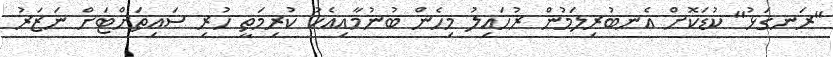
"ރަނގަޅު" ކުޑަކޮށް އެނބުރިލަމުން ރުހައިލު މިހެން ބުނުމާއިއެކު ކުރިމަތީ ހުރި ސައިތަށްޓަށް ނަޒަރު